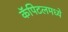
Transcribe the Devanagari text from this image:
कॅपिटलमध्ये